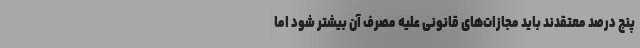
پنج درصد معتقدند باید مجازات‌های قانونی علیه مصرف آن بیشتر شود اما